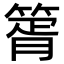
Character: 䈝